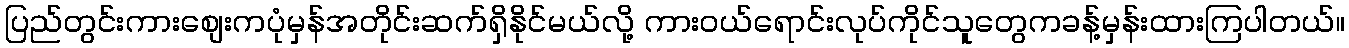
ပြည်တွင်းကားစျေးကပုံမှန်အတိုင်းဆက်ရှိနိုင်မယ်လို့ ကားဝယ်ရောင်းလုပ်ကိုင်သူတွေကခန့်မှန်းထားကြပါတယ်။